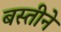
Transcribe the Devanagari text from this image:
बस्तीने